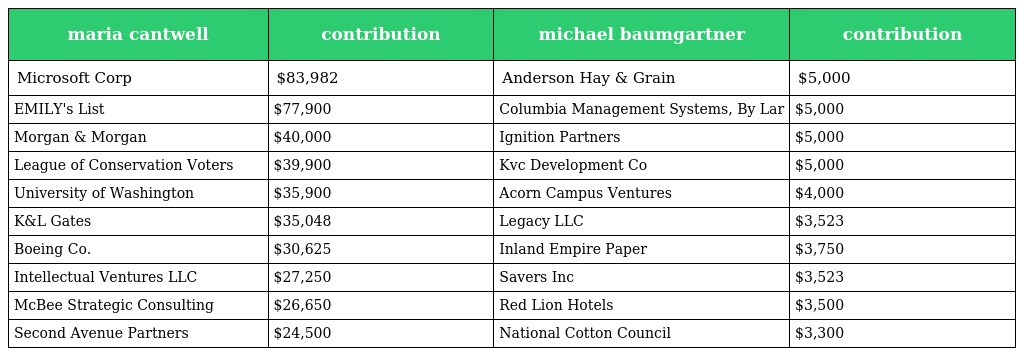
| maria cantwell | contribution | michael baumgartner | contribution |
 | --- | --- | --- | --- |
 | Microsoft Corp | $83,982 | Anderson Hay & Grain | $5,000 |
 | EMILY's List | $77,900 | Columbia Management Systems, By Lar | $5,000 |
 | Morgan & Morgan | $40,000 | Ignition Partners | $5,000 |
 | League of Conservation Voters | $39,900 | Kvc Development Co | $5,000 |
 | University of Washington | $35,900 | Acorn Campus Ventures | $4,000 |
 | K&L Gates | $35,048 | Legacy LLC | $3,523 |
 | Boeing Co. | $30,625 | Inland Empire Paper | $3,750 |
 | Intellectual Ventures LLC | $27,250 | Savers Inc | $3,523 |
 | McBee Strategic Consulting | $26,650 | Red Lion Hotels | $3,500 |
 | Second Avenue Partners | $24,500 | National Cotton Council | $3,300 |